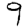
Digit: 9